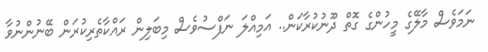
ނަމަވެސް މާލޭގެ މީހުންގެ ގޮތް ދޫނުކުރާކަން.. އަމިއްލަ ނަފްސުވެސް މިބަލިން ރައްކާތެރިކުރަން ބޭނުންނުވާ